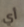
أي